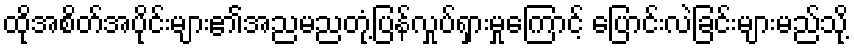
ထိုအစိတ်အပိုင်းများ၏အညမညတုံ့ပြန်လှုပ်ရှားမှုကြောင့် ပြောင်းလဲခြင်းများမည်သို့